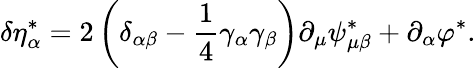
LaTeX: \delta\eta_{\alpha}^{*}=2\left(\delta_{\alpha\beta}-\frac 14\gamma_{\alpha}\gamma_{\beta}\right)\partial_{\mu}\psi_{\mu\beta}^{*}+\partial_{\alpha}\varphi^{*}.